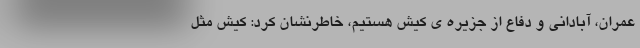
عمران، آبادانی و دفاع از جزیره ی کیش هستیم، خاطرنشان کرد: کیش مثل